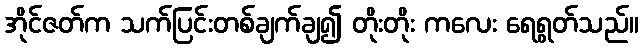
အိုင်ဇတ်က သက်ပြင်းတစ်ချက်ချ၍ တိုးတိုး ကလေး ရေရွတ်သည်။